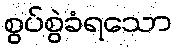
စွပ်စွဲခံရသော